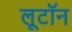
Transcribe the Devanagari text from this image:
लूटॉन